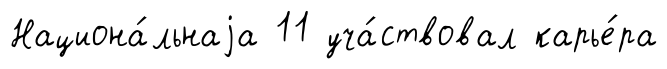
Национа́льнаjа 11 уча́ствовал карье́ра